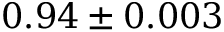
0 . 9 4 \pm 0 . 0 0 3